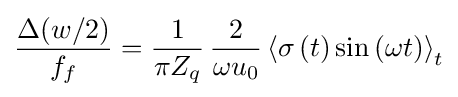
{\frac {\Delta (w/2)}{f_{f}}}={\frac {1}{\pi Z_{q}}}\,{\frac {2}{\omega u_{0}}}\left\langle \sigma \left(t\right)\sin \left(\omega t\right)\right\rangle _{t}